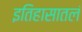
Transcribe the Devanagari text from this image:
इतिहासातलं